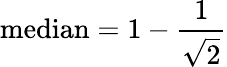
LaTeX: {\mathrm{median}}=1-{\frac{1}{\sqrt{2}}}